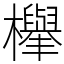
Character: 𣟱